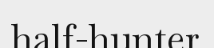
half-hunter